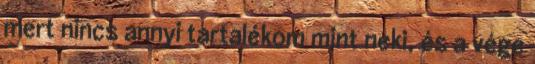
mert nincs annyi tartalékom mint neki, és a vége